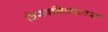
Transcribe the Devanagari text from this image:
विस्वबिधालय